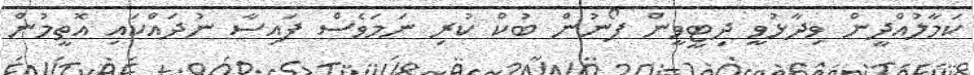
ކަމާލުއްދީން ވިދާޅުވީ ދިޓީވީން ފޯނުން ބުކް ކުރި ނަމަވެސް ފައިސާ ނުދައްކައި އޮތީމުން